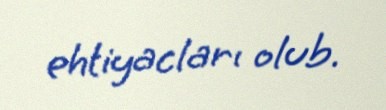
ehtiyacları olub.